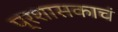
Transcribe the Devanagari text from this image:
प्रशासकाचं